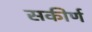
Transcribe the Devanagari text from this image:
सकीर्ण